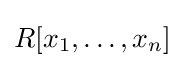
R[x_{1},\ldots ,x_{n}]